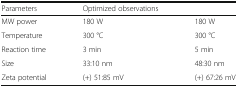
<table><thead><tr><td><b>Parameters</b></td><td><b>Optimized observations</b></td><td></td></tr></thead><tbody><tr><td>MW power</td><td>180 W</td><td>180 W</td></tr><tr><td>Temperature</td><td>300 °C</td><td>300 °C</td></tr><tr><td>Reaction time</td><td>3 min</td><td>5 min</td></tr><tr><td>Size</td><td>33:10 nm</td><td>48:30 nm</td></tr><tr><td>Zeta potential</td><td>(+) 51:85 mV</td><td>(+) 67:26 mV</td></tr></tbody></table>